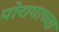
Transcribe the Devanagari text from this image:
पोरागाच्चा